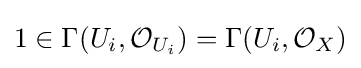
1\in \Gamma (U_{i},{\mathcal {O}}_{U_{i}})=\Gamma (U_{i},{\mathcal {O}}_{X})